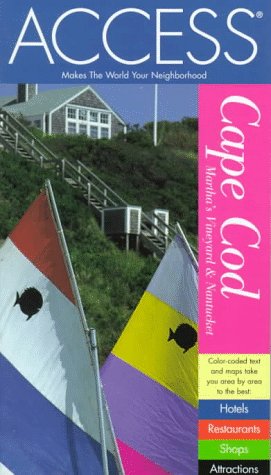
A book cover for Access Cape Code, Martha's Vineyard, and Nantucket 3e (Access Cape Cod, Martha's Vineyard & Nantucket); Access Press; Travel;